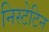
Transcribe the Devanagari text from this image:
निस्टेटिन